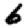
Digit: 6